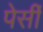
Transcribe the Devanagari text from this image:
पेर्सी